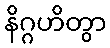
နိဂ္ဂဟိတွာ